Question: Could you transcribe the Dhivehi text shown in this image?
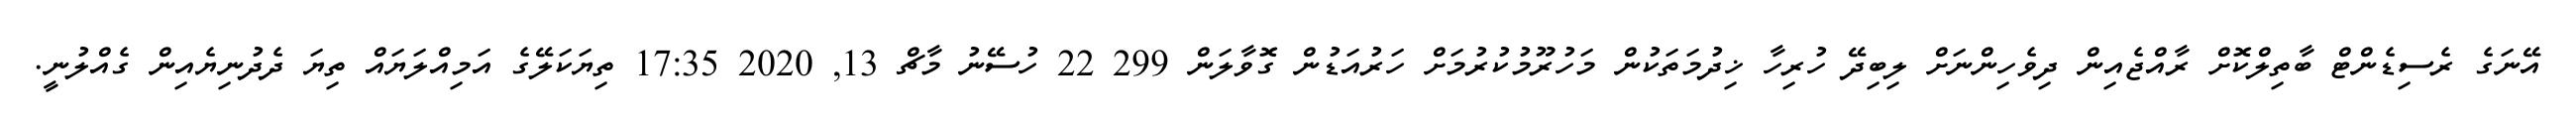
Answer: އޭނަގެ ރެސިޑެންޓް ބާތިލްކޮށް ރާއްޖެއިން ދިވެހިންނަށް ލިބިދޭ ހުރިހާ ޚިދުމަތަކުން މަހުރޫމުކުރުމަށް ހަރުއަޑުން ގޮވާލަން 299 22 ހުސޭނު މާޗް 13, 2020 17:35 ތިޔަކަލޭގެ އަމިއްލަޔައް ތިޔަ ދެދުނިޔެއިން ގެއްލުނީ.